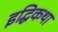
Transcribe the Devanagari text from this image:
इद्धिकथा